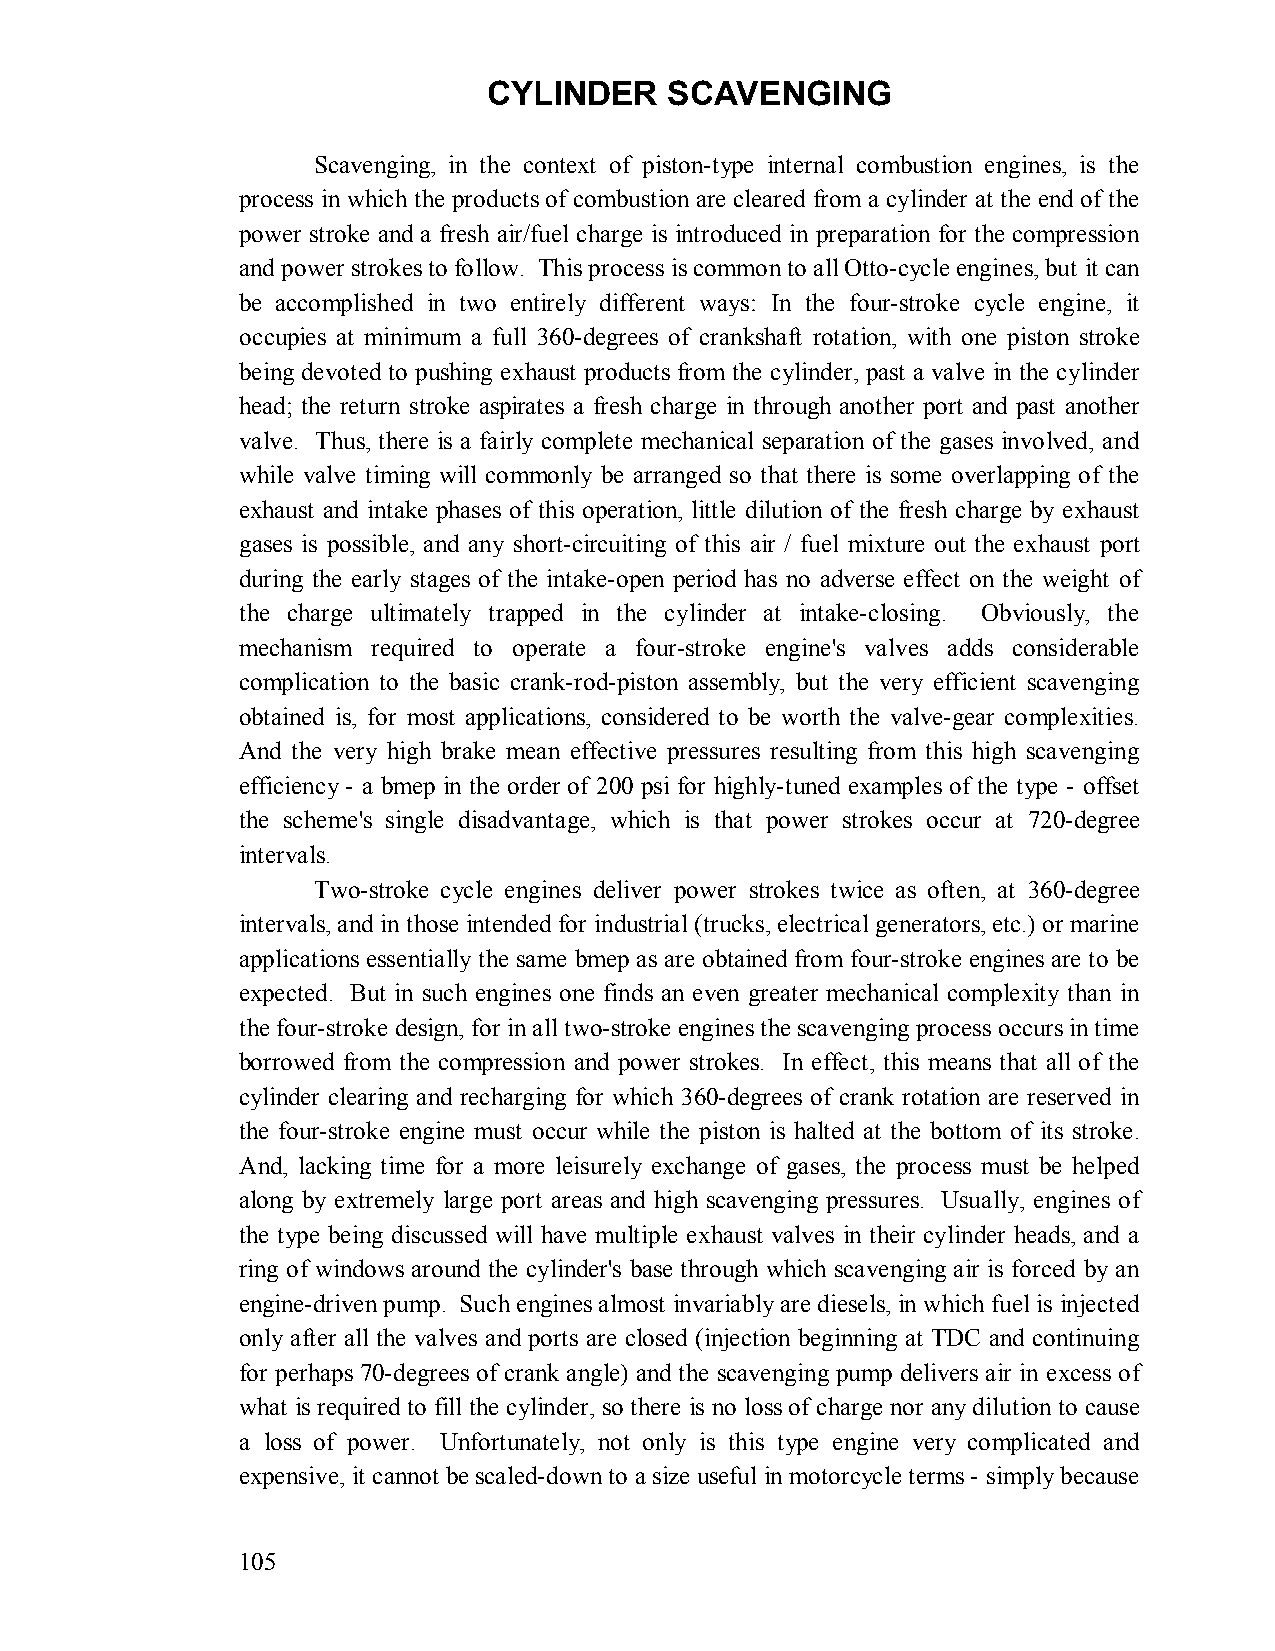
CYLINDER    SCAVENGING
 Scavenging, in the context of piston-type internal combustion engines, is the
 process in which the products of combustion are cleared from a cylinder at the end of the
 power stroke and a fresh air/fuel charge is introduced in preparation for the compression
 and power strokes to follow. This process is common to all Otto-cycle engines, but it can
 be accomplished in two entirely different ways: In the four-stroke cycle engine, it
 occupies at minimum a full 360-degrees of crankshaft rotation, with one piston stroke
 being devoted to pushing exhaust products from the cylinder, past a valve in the cylinder
 head; the return stroke aspirates a fresh charge in through another port and past another
 valve. Thus, there is a fairly complete mechanical separation of the gases involved, and
 while valve timing will commonly be arranged so that there is some overlapping of the
 exhaust and intake phases of this operation, little dilution of the fresh charge by exhaust
 gases is possible, and any short-circuiting of this air / fuel mixture out the exhaust port
 during the early stages of the intake-open period has no adverse effect on the weight of
 the charge ultimately trapped in the cylinder at intake-closing. Obviously, the
 mechanism required to operate a four-stroke engine's valves adds considerable
 complication to the basic crank-rod-piston assembly, but the very efficient scavenging
 obtained is, for most applications, considered to be worth the valve-gear complexities.
 And the very high brake mean effective pressures resulting from this high scavenging
 efficiency - a bmep in the order of 200 psi for highly-tuned examples of the type - offset
 the scheme's single disadvantage, which is that power strokes occur at 720-degree
 intervals.
 Two-stroke cycle engines deliver power strokes twice as often, at 360-degree
 intervals, and in those intended for industrial (trucks, electrical generators, etc.) or marine
 applications essentially the same bmep as are obtained from four-stroke engines are to be
 expected. But in such engines one finds an even greater mechanical complexity than in
 the four-stroke design, for in all two-stroke engines the scavenging process occurs in time
 borrowed from the compression and power strokes. In effect, this means that all of the
 cylinder clearing and recharging for which 360-degrees of crank rotation are reserved in
 the four-stroke engine must occur while the piston is halted at the bottom of its stroke.
 And, lacking time for a more leisurely exchange of gases, the process must be helped
 along by extremely large port areas and high scavenging pressures. Usually, engines of
 the type being discussed will have multiple exhaust valves in their cylinder heads, and a
 ring of windows around the cylinder's base through which scavenging air is forced by an
 engine-driven pump. Such engines almost invariably are diesels, in which fuel is injected
 only after all the valves and ports are closed (injection beginning at TDC and continuing
 for perhaps 70-degrees of crank angle) and the scavenging pump delivers air in excess of
 what is required to fill the cylinder, so there is no loss of charge nor any dilution to cause
 a loss of power. Unfortunately, not only is this type engine very complicated and
 expensive, it cannot be scaled-down to a size useful in motorcycle terms - simply because
 105